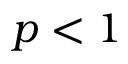
p < 1